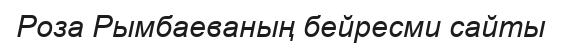
Роза Рымбаеваның бейресми сайты